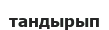
тандырып